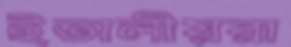
ইতালীয়রা